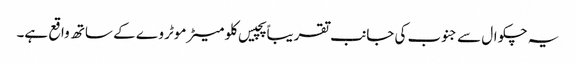
یہ چکوال سے جنوب کی جانب تقریباً پچیس کلو میٹر موٹر وے کے ساتھ واقع ہے۔